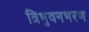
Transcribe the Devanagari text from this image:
त्रिभुवनभरण